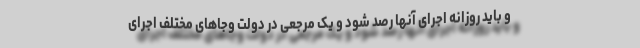
و باید روزانه اجرای آنها رصد شود و یک مرجعی در دولت وجاهای مختلف اجرای